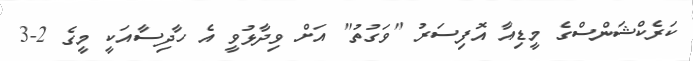
ކަރެކްޝަންސްގެ މީޑިއާ އޮފިސަރު "ވަގުތު" އަށް ވިދާޅުވީ އެ ހާދިސާއަކީ މީގެ 2-3